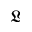
\mathfrak { L }